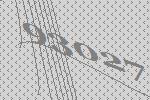
93027